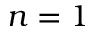
n = 1